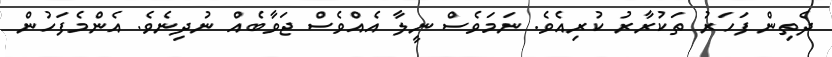
ދެތިން ފަހަރު ތަކުރާރު ކުރިއެވެ. ނަމަވެސް ނީލާ އެއްވެސް ޖަވާބެއް ނުދިނެވެ. އެންމެފަހުން